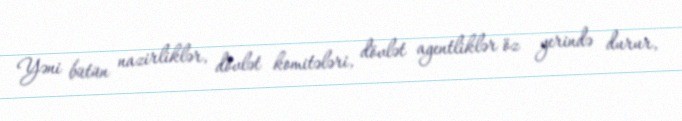
Yəni bütün nazirliklər, dövlət komitələri, dövlət agentliklər öz yerində durur,